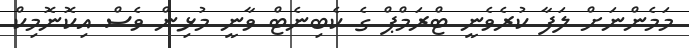
މަމެންނަށް ލަފާ ކުރެވެނީ ޓްރަމްޕް ގެ ކެބިނެޓް ވާނީ މުޅިން ވެސް އިކޮނޮމިކް